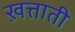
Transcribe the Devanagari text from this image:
ख़त्ताती